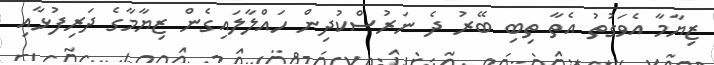
ޒިޔާމާ އެވަގުތު އެތާ ތިބި ބޭރު ދެ ނަރުސްކުދިން ހައްލާލައިގެން ޒިޔާމާގެ ދަރިފުޅާއި